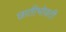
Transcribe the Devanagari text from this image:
छातीभोवती